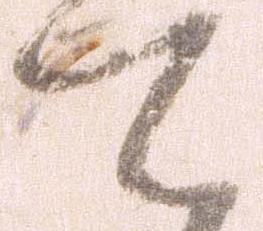
て